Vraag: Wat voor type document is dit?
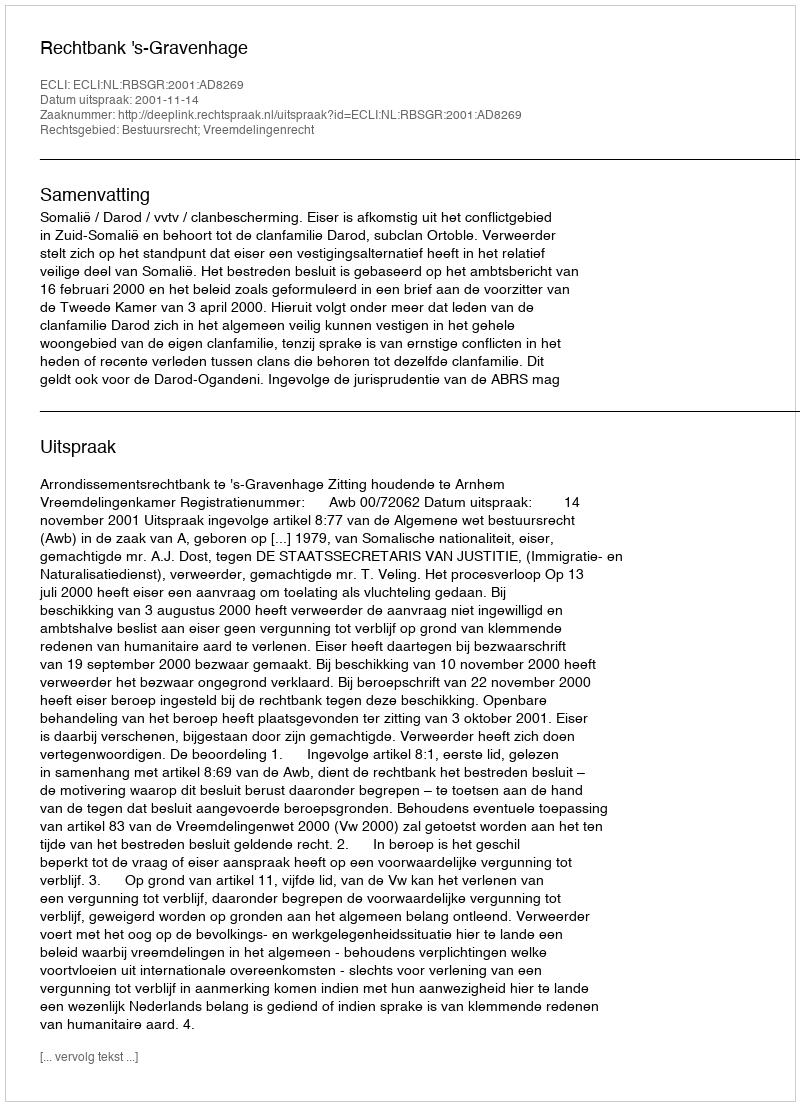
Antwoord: Uitspraak